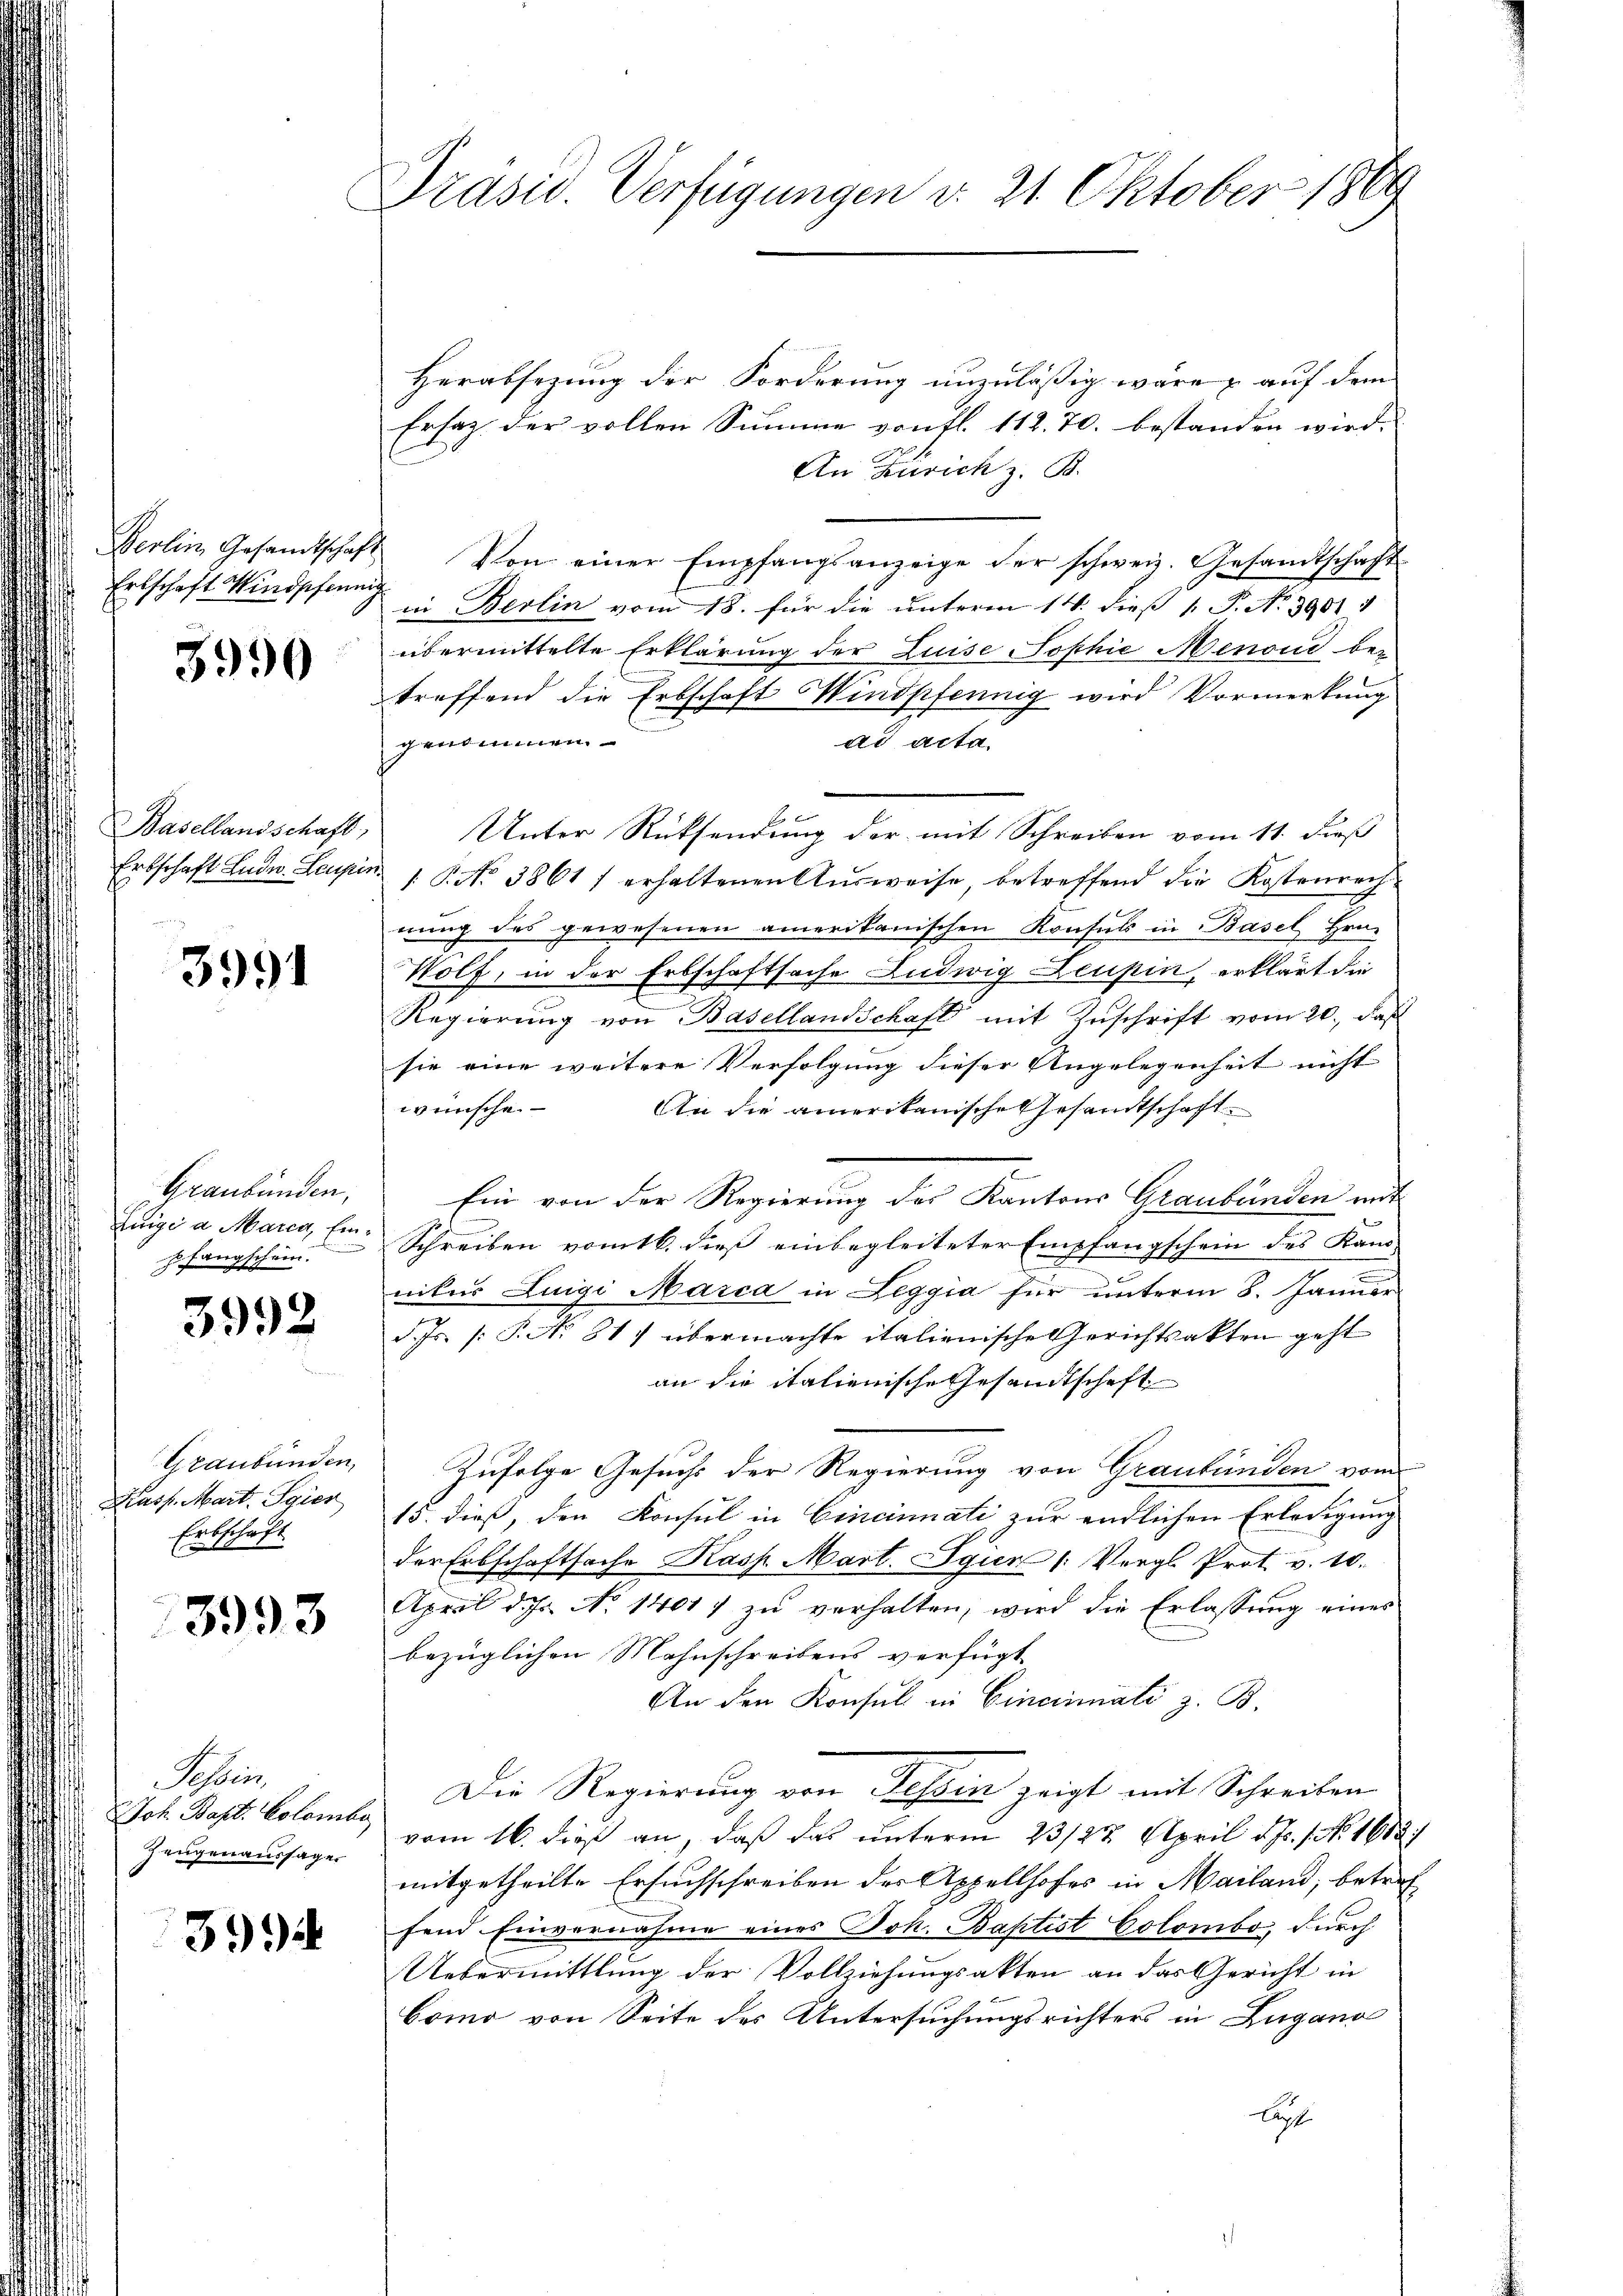
Erbschaft Windpfeum

3990

Erbschaft Ludw. Leupis

3991

Graubünden,
Luigi a Marca, Einzufangschein

3992

Graubünden,
Kasp. Mart. Sgier
Erbschaft

3993

Schein
Joh. Bapt. Colomber
Zeugenaussager

3994

Präsid. Verfügungen d. 21. Oktober 1869

Herabsezung der Forderung unzuläßig wäre & auf dem
Ersatz der vollen Summe von fl. 112. 70. bestanden wird.
An Zürich z. B.
Gerlin Gesandtschaft Von einer Empfangsanzeige der schweiz. Gesandtschaft
in Berlin vom 18. für die unterm 14. dieß P. No. 3901 1
übermittelte Erklärung der Luise Sophie Menoud be-
treffend die Erbschaft Windpfennig wird Vormerkung
genommen.
ad acta.
Basellandschaft, Unter Rücksendung der mit Schreiben vom 11. dieß
 1. No 38617 erhaltenen Aŭsweise, betreffend die Kostenrech
nung des gewesenen amerikanischen Konsuls in Basel, Hrn.
Wolf, in der Erbschaftsache Ludwig Leupin, erklärt die
Regierung von Basellandschaft mit Zuschrift vom 20. daß
sie eine weitere Verfolgung dieser Angelegenheit nicht
wünsche.
An die amerikanische Gesandtschaft
Ein von der Regierung der Kantons Graubünden mit
Schreiben vom 16. dieß einbegleiteter Empfangschein des Kans
nikus Luigi Marca in Leggia für unterm 8. Januar
d. Js. (: P. Nr. 817 übermachte italienische Gerichtsakten geht
an die italienische Gesandtschaft
Zufolge Gesuchs der Regierung von Graubünden vom
15. dieß, den Konsul in Cincinati zur endlichen Erledigung
der Erbschaftsache Kasp. Mart. Seien (: Vergl. Prot v. 10.
April der No 1401. zŭ verhalten, wird die Erlassŭng eines
bezüglichen Mahnschreibens verfügt
An den Konsul in Cincinati z. B.
Die Regierung von Tessin zeigt mit Schreiben
vom 16. dieß an, daß das unterm 23/22. April d. Js. 1. No. 1683/
mitgetheilte Ersuchschreiben der Appellhofes in Mailand, betref
fend Einvernahme eines Joh. Baptist Colombo, durch
Uebermittlung der Vollziehungsakten an das Gericht in
Como von Seite des Untersuchungsrichters in Zugano
licht